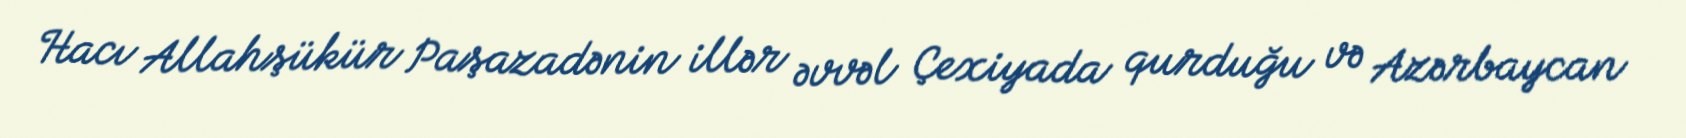
Hacı Allahşükür Paşazadənin illər əvvəl Çexiyada qurduğu və Azərbaycan